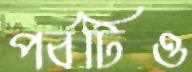
পর্বটিও